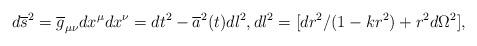
LaTeX: \begin{align*}d\overline{s}^{2}=\overline{g}_{\mu\nu}dx^{\mu}dx^{\nu}=dt^{2}-\overline{a}^{2}(t)dl^{2},dl^{2}=[dr^{2}/(1-kr^{2})+r^{2}d\Omega^{2}], \end{align*}